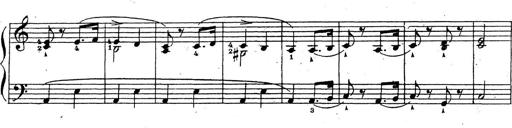
Title: 10 Sonatinas
Composer: Fritz Spindler